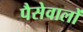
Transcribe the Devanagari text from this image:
पैसेवालों